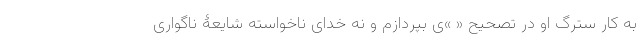
به کار سترگ او در تصحیح « »ی بپردازم و نه خدای ناخواسته شایعۀ ناگواری